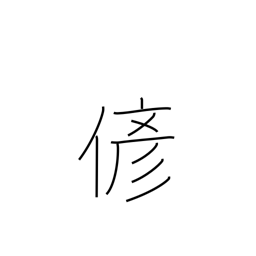
Meaning: fake